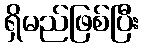
ရှိမည်ဖြစ်ပြီး